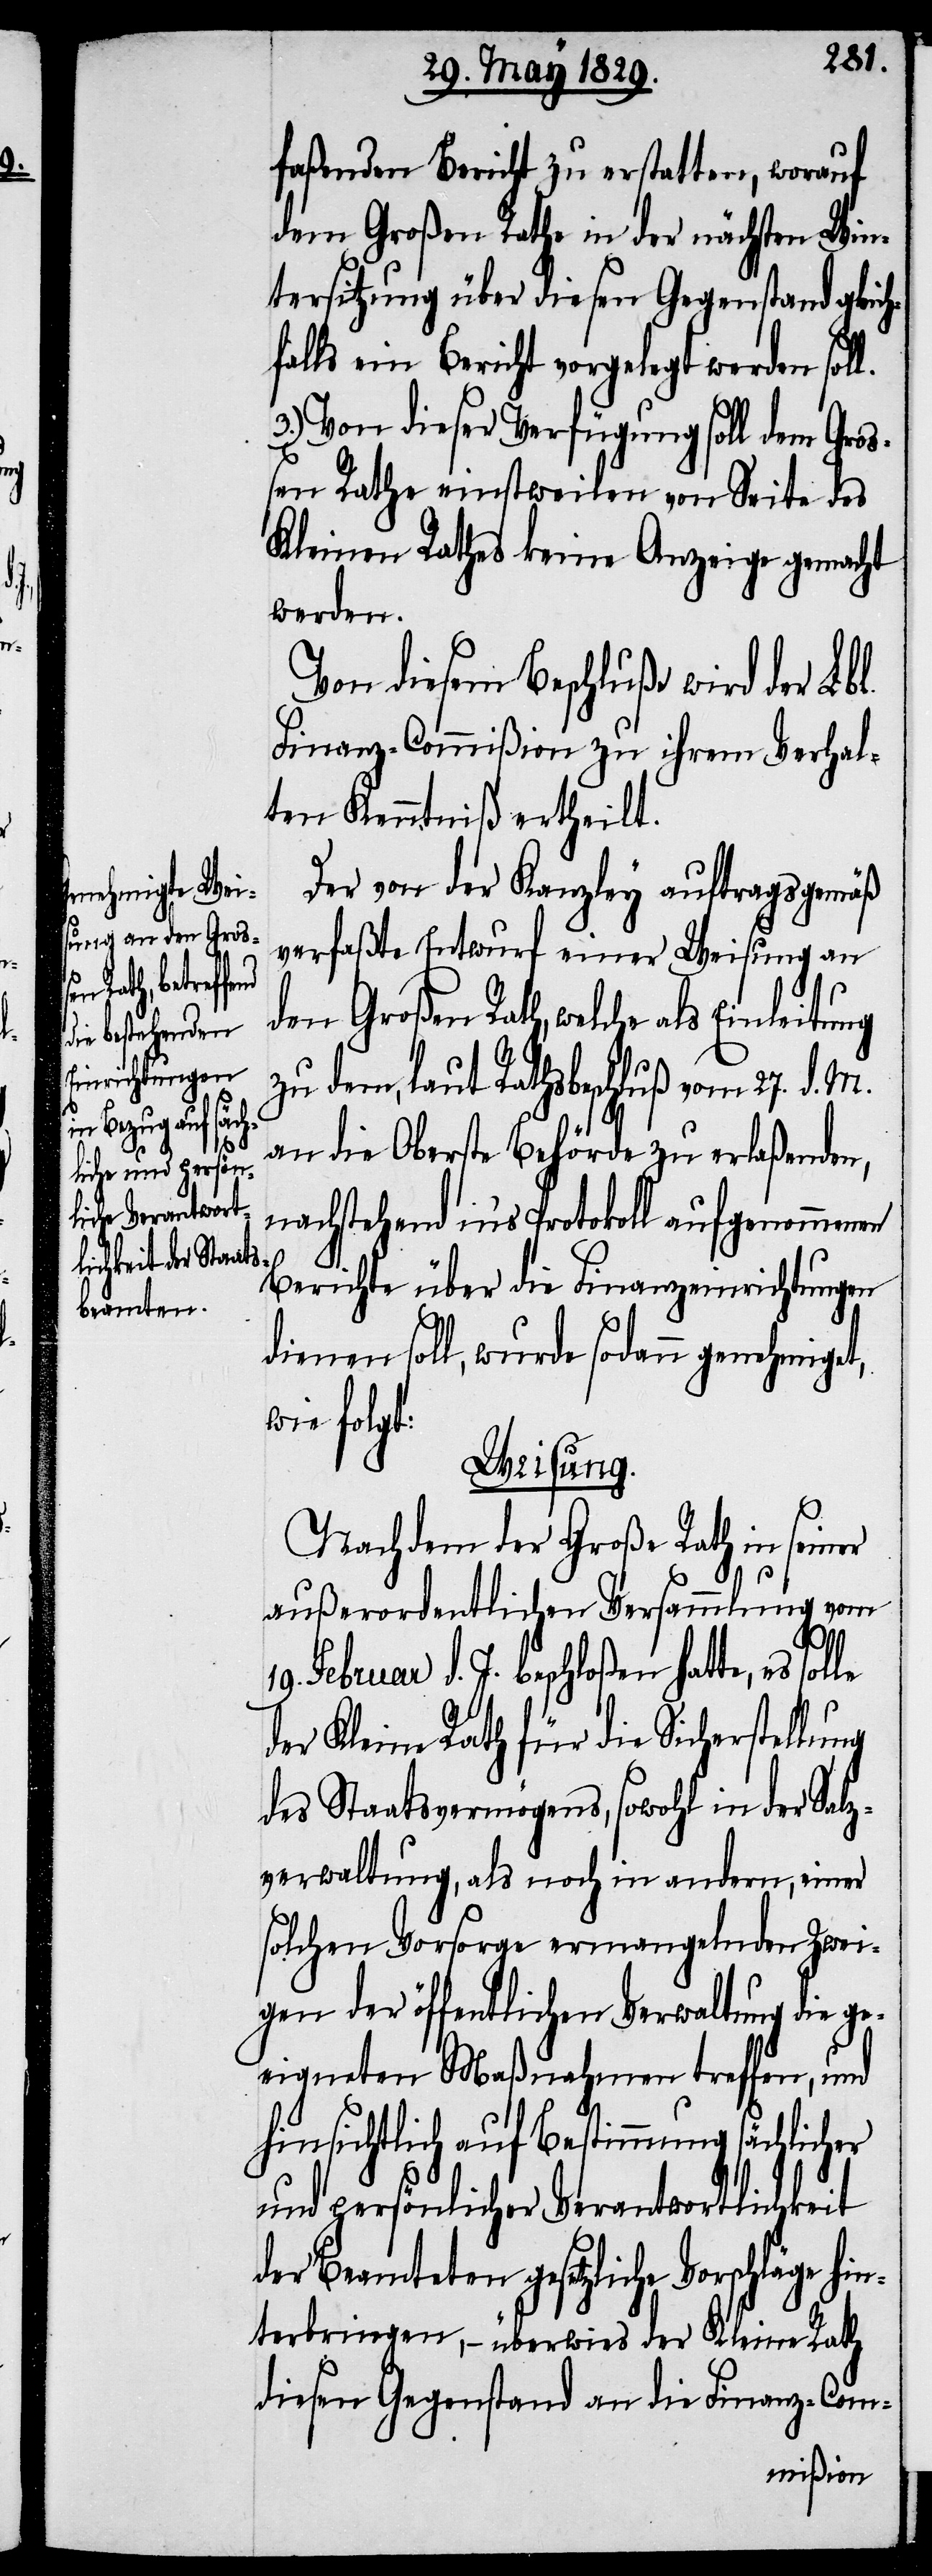
faßenden Bericht zu erstatten, worauf
dem Großen Rathe in der nächsten Win¬
tersitzung über diesen Gegenstand gleich¬
falls ein Bericht vorgelegt werden soll.
3.) Von dieser Verfügung soll dem Groß¬
en Rathe einstweilen von Seite des
Kleinen Rathes keine Anzeige gemacht
werden.
Von diesem Beschluße wird der Lbl.
Finanz-Commißion zu ihrem Verhal¬
ten Kenntniß ertheilt.
Der von der Kanzley auftragsgemäß
verfaßte Entwurf einer Weisung an
den Großen Rath, welche als Einleitung
zu dem, laut Rathsbeschluß vom 27. d. M.
an die Oberste Behörde zu erlaßenden,
nachstehend in’s Protokoll aufgenommenen
Berichte über die Finanzeinrichtungen
dienen soll, wurde sodann genehmiget,
wie folgt:
Weisung.
Nachdem der Große Rath in seiner
außerordentlichen Versammlung vom
hin¬
19. Februar d. J. beschloßen hatte, es solle
der Kleine Rath für die Sicherstellung
des Staatsvermögens, sowohl in der Salz¬
verwaltung, als noch in andern, einer
solchen Vorsorge ermangelnden Zwei¬
gen der öffentlichen Verwaltung die ge¬
eigneten Maßnahmen treffen, und
hinsichtlich auf Bestimmung sächlicher
und persönlicher Verantwortlichkeit
der Beamteten gesetzliche Vorschläge
terbringen,– überwies der Kleine Rath
diesen Gegenstand an die Finanz-Com-